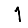
Digit: 1